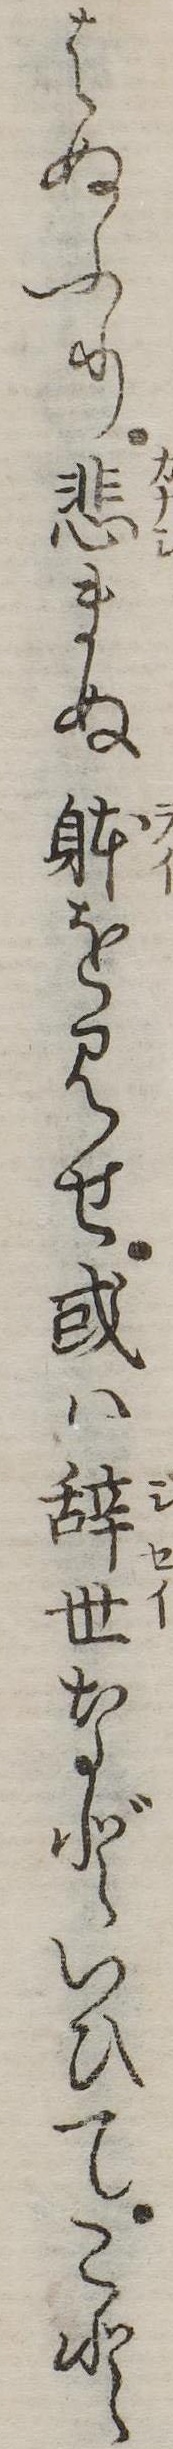
はぬふり悲まぬ体を見せ或は辞世などいひてこと